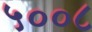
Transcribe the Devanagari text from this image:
५००८